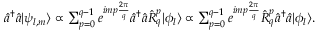
\begin{array} { r } { \hat { a } ^ { \dagger } \hat { a } | \psi _ { l , m } \rangle \propto \sum _ { p = 0 } ^ { q - 1 } e ^ { i m p \frac { 2 \pi } { q } } \hat { a } ^ { \dagger } \hat { a } \hat { R } _ { q } ^ { p } | \phi _ { l } \rangle \propto \sum _ { p = 0 } ^ { q - 1 } e ^ { i m p \frac { 2 \pi } { q } } \hat { R } _ { q } ^ { p } \hat { a } ^ { \dagger } \hat { a } | \phi _ { l } \rangle . } \end{array}